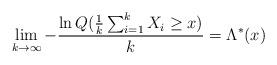
LaTeX: \begin{align*}\lim_{k\to\infty}-\frac{\ln Q(\frac{1}{k}\sum_{i=1}^k X_i\geq x)}{k}=\Lambda^*(x)\end{align*}